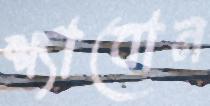
শ্যাবোন